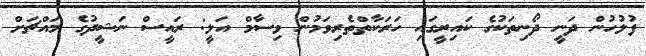
ފުލުހުން ދަނީ ދޯނިތަކުގެ ކައިރީގައި ހަރަކާތްތެރިވަމުން ވިސާމް އަލީ: ރައީސް ނަޝީދުގެ މައްޗަށް